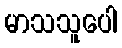
မာသသူပေါ